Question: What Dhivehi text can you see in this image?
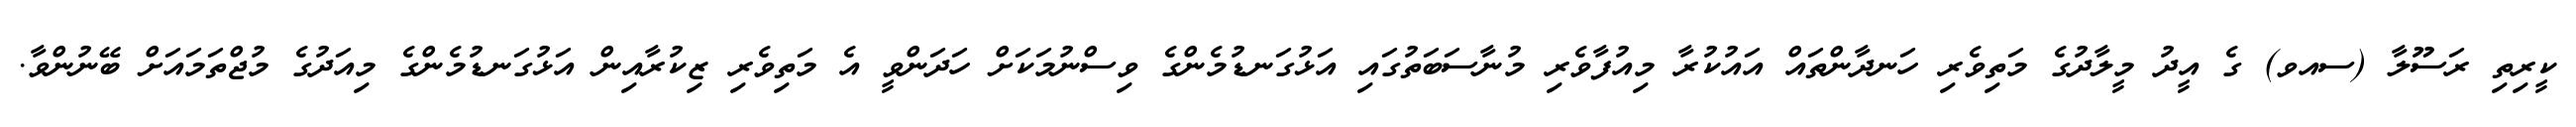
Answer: ކީރިތި ރަސޫލާ (ސއވ) ގެ އީދު މީލާދުގެ މަތިވެރި ހަނދާންތައް އައުކުރާ މިއުފާވެރި މުނާސަބަތުގައި އަޅުގަނޑުމެންގެ ވިސްނުމަކަށް ހަދަންވީ އެ މަތިވެރި ޒިކުރާއިން އަޅުގަނޑުމެންގެ މިއަދުގެ މުޖްތަމައަށް ބޭނުންވާ.